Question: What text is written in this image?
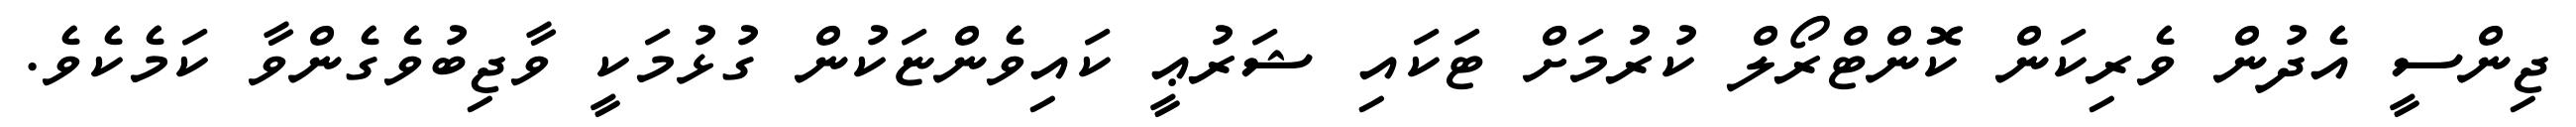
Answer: ޖިންސީ އެދުން ވެރިކަން ކޮންޓްރޯލް ކުރުމަށް ޓަކައި ޝަރުޢީ ކައިވެންޏަކުން ގުޅުމަކީ ވާޖިބުވެގެންވާ ކަމެކެވެ.